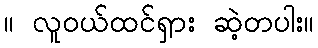
။ လူဝယ်ထင်ရှား ဆဲ့တပါး။